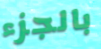
بالجزء